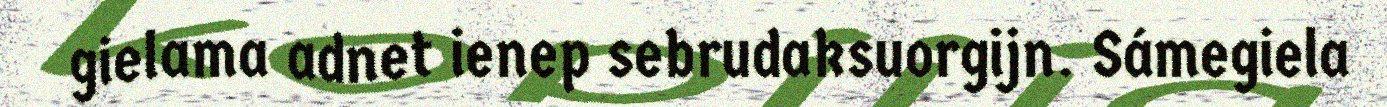
gielama adnet ienep sebrudaksuorgijn. Sámegiela